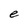
Character: e